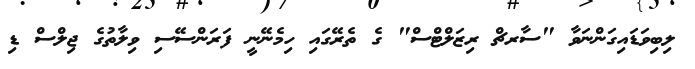
ލިބިވަޑައިގަންނަވާ "ސާރޗް ރިޒަލްޓްސް" ގެ ތެރޭގައި ހިމެނޭނީ ފަރަންސޭސި ވިލާތުގެ ޖިލްސް ޑި